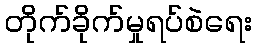
တိုက်ခိုက်မှုရပ်စဲရေး